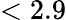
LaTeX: <2.9